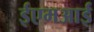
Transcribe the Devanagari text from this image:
ईएमअाई